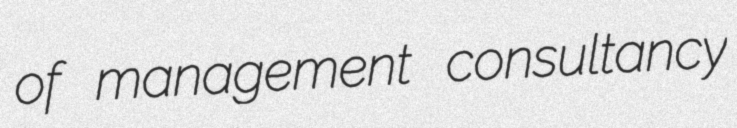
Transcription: of management consultancy